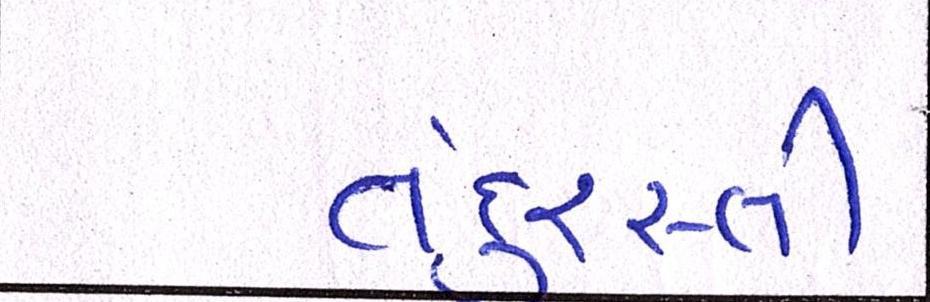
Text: તંદુરસ્તી